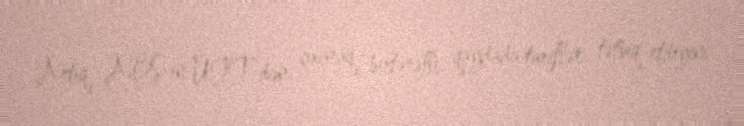
Artıq ABŞ-ın ÜTT-dən çıxaraq birtərəfli qaydada tariflər tətbiq etdiyini